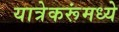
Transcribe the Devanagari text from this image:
यात्रेकरूंमध्ये